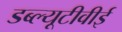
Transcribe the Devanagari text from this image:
डब्ल्यूटीवीई